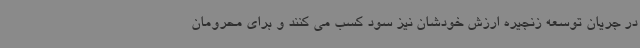
در جریان توسعه زنجیره ارزش خودشان نیز سود کسب می کنند و برای محرومان